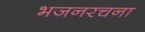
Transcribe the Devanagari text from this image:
भजनरचना